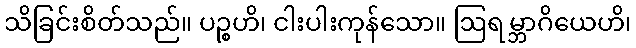
သိခြင်းစိတ်သည်။ ပဉ္စဟိ၊ ငါးပါးကုန်သော။ ဩရမ္ဘာဂိယေဟိ၊